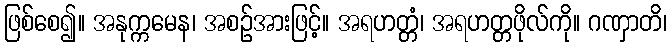
ဖြစ်စေ၍။ အနုက္ကမေန၊ အစဉ်အားဖြင့်။ အရဟတ္တံ၊ အရဟတ္တဖိုလ်ကို။ ဂဏှာတိ၊